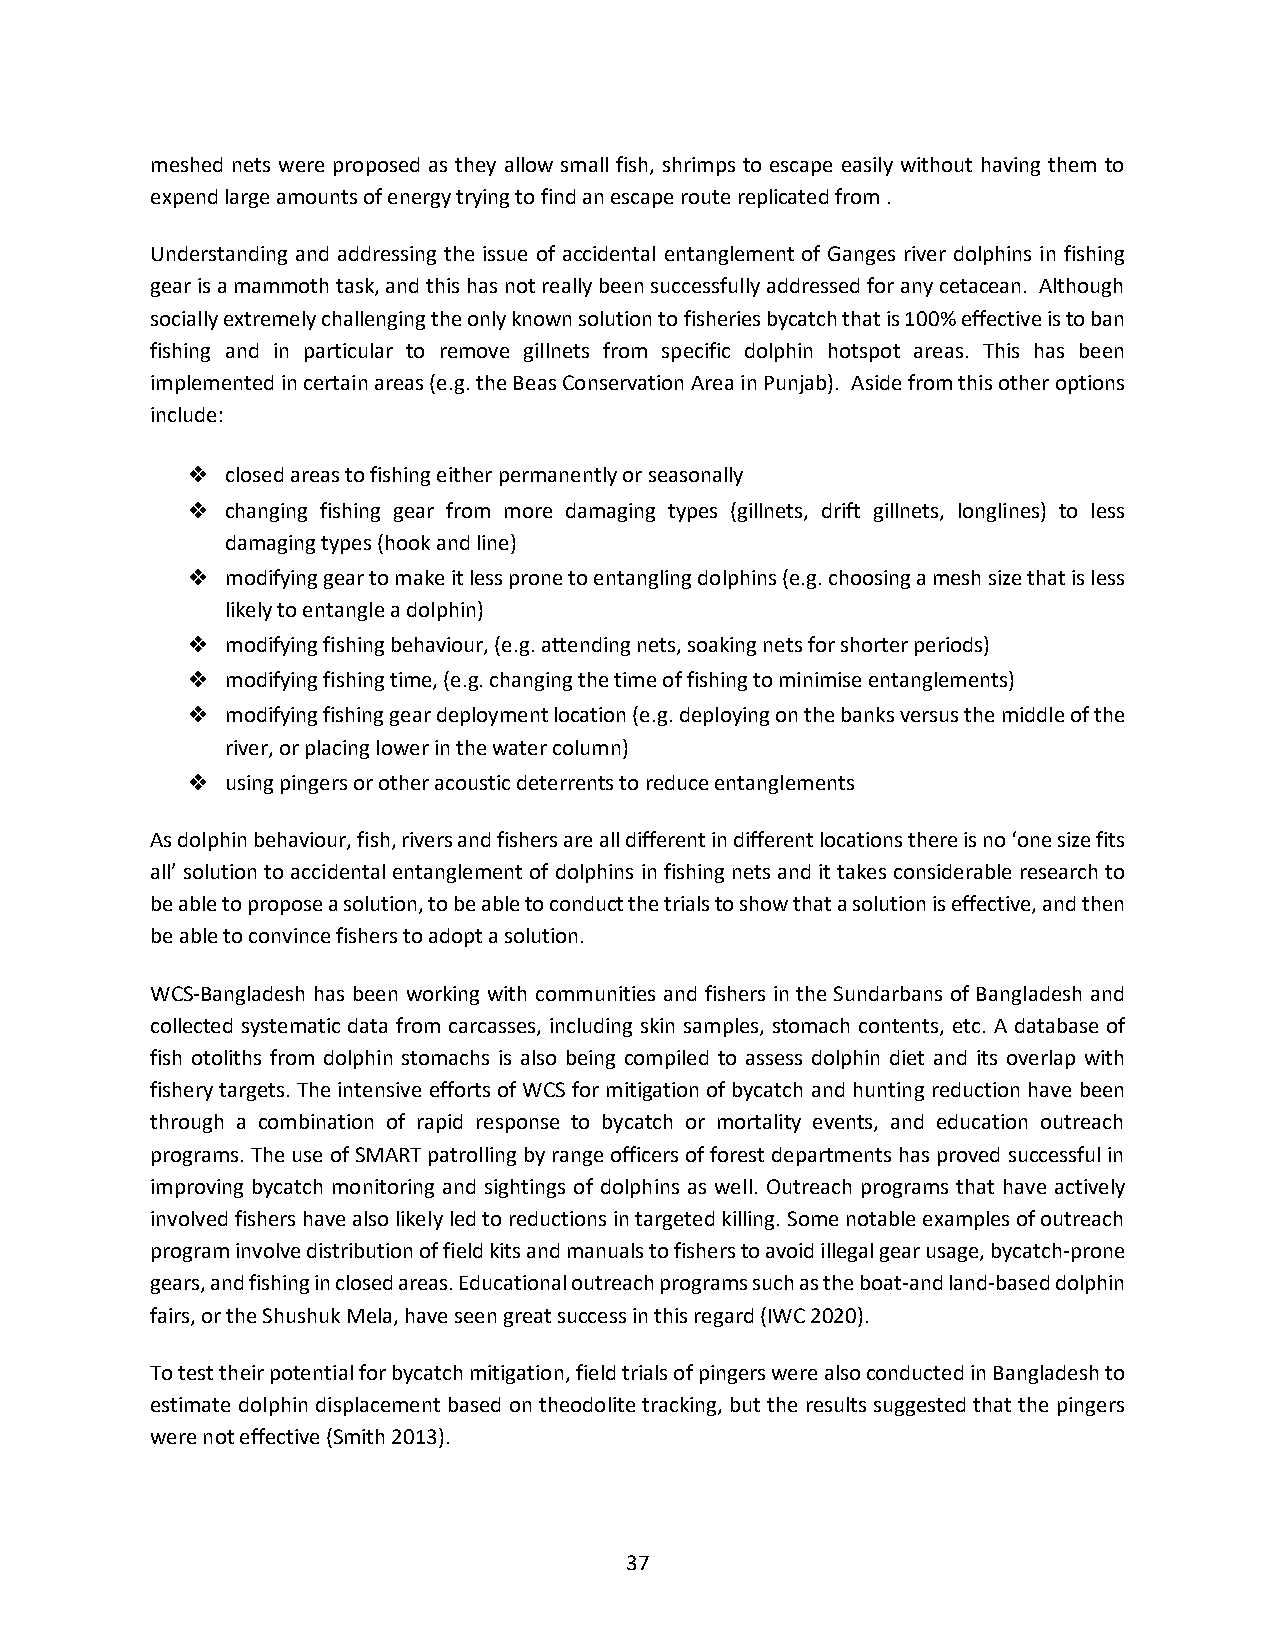
meshed nets were proposed as they allow small fish, shrimps to escape easily without having them to
 expend large amounts of energy trying to find an escape route replicated from .
 Understanding and addressing the issue of accidental entanglement of Ganges river dolphins in fishing
 gear is a mammoth task, and this has not really been successfully addressed for any cetacean. Although
 socially extremely challenging the only known solution to fisheries bycatch that is 100% effective is to ban
 fishing and in particular to remove gillnets from specific dolphin hotspot areas. This has been
 implemented in certain areas (e.g. the Beas Conservation Area in Punjab). Aside from this other options
 include:
 ❖  closed areas to fishing either permanently or seasonally
 ❖  changing fishing gear from more damaging types (gillnets, drift gillnets, longlines) to less
 damaging types (hook and line)
 ❖  modifying gear to make it less prone to entangling dolphins (e.g. choosing a mesh size that is less
 likely to entangle a dolphin)
 ❖  modifying fishing behaviour, (e.g. attending nets, soaking nets for shorter periods)
 ❖  modifying fishing time, (e.g. changing the time of fishing to minimise entanglements)
 ❖  modifying fishing gear deployment location (e.g. deploying on the banks versus the middle of the
 river, or placing lower in the water column)
 ❖  using pingers or other acoustic deterrents to reduce entanglements
 As dolphin behaviour, fish, rivers and fishers are all different in different locations there is no ‘one size fits
 all’ solution to accidental entanglement of dolphins in fishing nets and it takes considerable research to
 be able to propose a solution, to be able to conduct the trials to show that a solution is effective, and then
 be able to convince fishers to adopt a solution.
 WCS-Bangladesh has been working with communities and fishers in the Sundarbans of Bangladesh and
 collected systematic data from carcasses, including skin samples, stomach contents, etc. A database of
 fish otoliths from dolphin stomachs is also being compiled to assess dolphin diet and its overlap with
 fishery targets. The intensive efforts of WCS for mitigation of bycatch and hunting reduction have been
 through a combination of rapid response to bycatch or mortality events, and education outreach
 programs. The use of SMART patrolling by range officers of forest departments has proved successful in
 improving bycatch monitoring and sightings of dolphins as well. Outreach programs that have actively
 involved fishers have also likely led to reductions in targeted killing. Some notable examples of outreach
 program involve distribution of field kits and manuals to fishers to avoid illegal gear usage, bycatch-prone
 gears, and fishing in closed areas. Educational outreach programs such as the boat-and land-based dolphin
 fairs, or the Shushuk Mela, have seen great success in this regard (IWC 2020).
 To test their potential for bycatch mitigation, field trials of pingers were also conducted in Bangladesh to
 estimate dolphin displacement based on theodolite tracking, but the results suggested that the pingers
 were not effective (Smith 2013).
 37